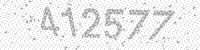
Solution: 412577